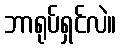
ဘာရုပ်ရှင်လဲ။